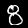
Digit: 8